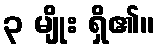
၃ မျိုး ရှိ၏။